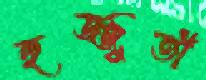
হুজ্জুতী